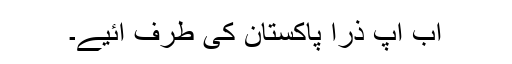
اب آپ ذرا پاکستان کی طرف آئیے۔